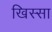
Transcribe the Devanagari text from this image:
खिस्‍सा